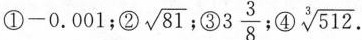
①-0.001；② \sqrt{81};③3 \frac{3}{8} ；④ \sqrt[3]{512}.